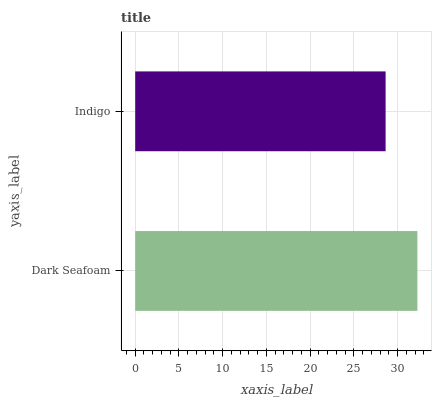
| yaxis_label | bars |
 | --- | --- |
 | Dark Seafoam | 32.3 |
 | Indigo | 28.6 |